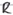
Text: R